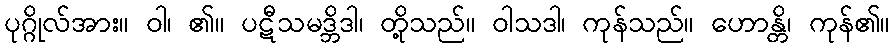
ပုဂ္ဂိုလ်အား။ ဝါ၊ ၏။ ပဋီသမဒ္ဘိဒါ၊ တို့သည်။ ဝါသဒါ၊ ကုန်သည်။ ဟောန္တိ၊ ကုန်၏။